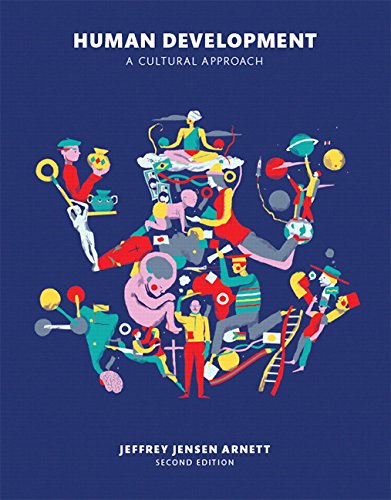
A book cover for Human Development: A Cultural  Approach (2nd Edition); Jeffrey J. Arnett; Health, Fitness & Dieting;